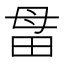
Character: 𰣅